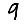
Digit: 9